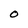
Character: O